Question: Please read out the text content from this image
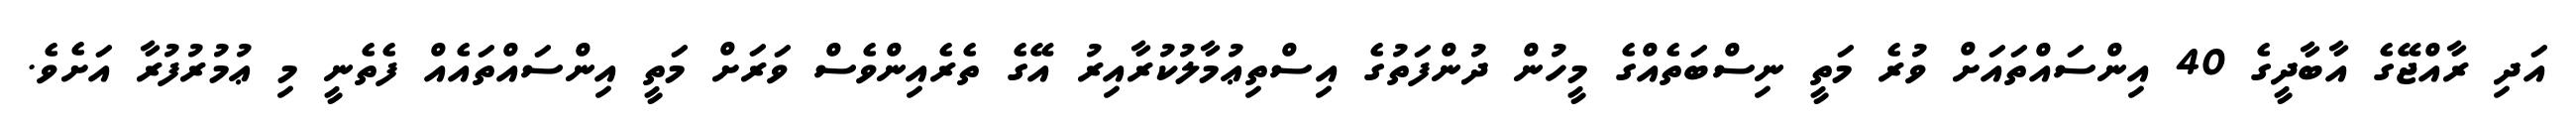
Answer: އަދި ރާއްޖޭގެ އާބާދީގެ 40 އިންސައްތައަށް ވުރެ މަތީ ނިސްބަތެއްގެ މީހުން ދުންފަތުގެ އިސްތިޢުމާލުކުރާއިރު އޭގެ ތެރެއިންވެސް ވަރަށް މަތީ އިންސައްތައެއް ފެތެނީ މި ޢުމުރުފުރާ އަށެވެ.